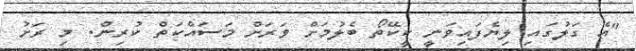
"އެ ގަލުގައި ލިޔެފައިވަނީ ކީކޭތޯ ބެލުމަށް ވަރަށް މަސައްކަތް ކުރިން. މި ރަށު